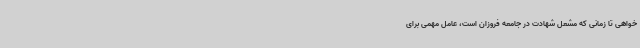
‌خواهی تا زمانی که مشعل شهادت در جامعه فروزان است، عامل مهمی برای